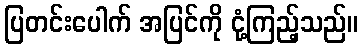
ပြတင်းပေါက် အပြင်ကို ငုံ့ကြည့်သည်။